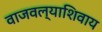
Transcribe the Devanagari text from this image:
वाजवल्याशिवाय